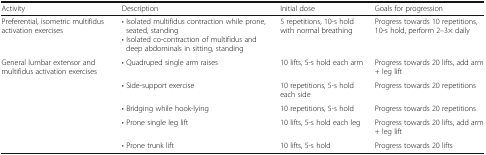
| Activity | Description | Initial dose | Goals for progression |
 | --- | --- | --- | --- |
 | Preferential, isometric multifidus activation exercises | • Isolated multifidus contraction while prone, seated, standing• Isolated co-contraction of multifidus and deep abdominals in sitting, standing | 5 repetitions, 10-s hold with normal breathing | Progress towards 10 repetitions, 10-s hold, perform 2–3× daily |
 | <ROWSPAN=5> General lumbar extensor and multifidus activation exercises | • Quadruped single arm raises | 10 lifts, 5-s hold each arm | Progress towards 20 lifts, add arm + leg lift |
 | • Side-support exercise | 10 repetitions, 5-s hold each side | Progress towards 20 repetitions |
 | • Bridging while hook-lying | 10 repetitions, 5-s hold | Progress towards 20 repetitions |
 | • Prone single leg lift | 10 lifts, 5-s hold each leg | Progress towards 20 lifts, add arm + leg lift |
 | • Prone trunk lift | 10 lifts, 5-s hold | Progress towards 20 lifts |